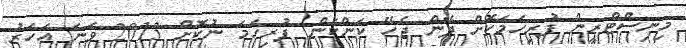
މިނިސްޓްރީން ފުރިހަމަކޮށް ދޭން ޖެހޭ ކަންކަން ފުރިހަމަ ނުކޮށް 2013 ވަނަ އަހަރު